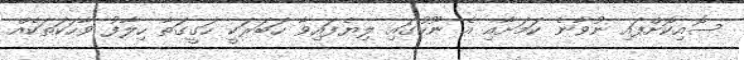
ސޮއިކޮށްފައި ނުވާނެ ކަމަށާއި އެ ނޫހުގައި ލިޔެފައިވާ ހަބަރަކީ ހަގީގަތާ ހިލާފު ވާހަކަތަކެއް